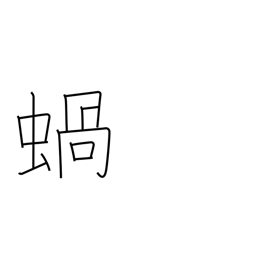
Meaning: snail